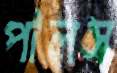
পালস